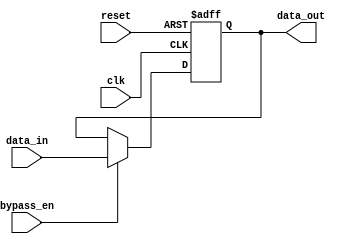
module Cascade_Bypass_register(
  input wire clk,       // Clock input
  input wire reset,     // Reset signal
  input wire bypass_en, // Bypass enable signal
  input wire [7:0] data_in, // Input data
  output reg [7:0] data_out // Output data
);

reg [7:0] register; // Internal register

always @(posedge clk or posedge reset) begin
  if (reset) begin
    register <= 8'b0; // Reset internal register
  end else begin
    if (bypass_en) begin
      register <= data_in; // Bypass operation
    end else begin
      register <= register; // Normal operation
    end
  end
end

assign data_out = register; // Output data is the value in the register

endmodule